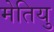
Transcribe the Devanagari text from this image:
मेतियु